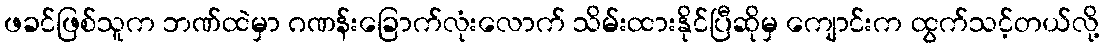
ဖခင်ဖြစ်သူက ဘဏ်ထဲမှာ ဂဏန်းခြောက်လုံးလောက် သိမ်းထားနိုင်ပြီဆိုမှ ကျောင်းက ထွက်သင့်တယ်လို့